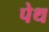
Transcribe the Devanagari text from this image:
पेथ